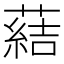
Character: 𦺢